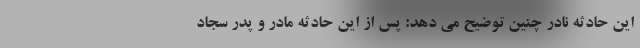
این حادثه نادر چنین توضیح می دهد: پس از این حادثه مادر و پدر سجاد